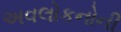
અવલોકનોની